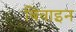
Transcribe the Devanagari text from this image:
बिवाइन